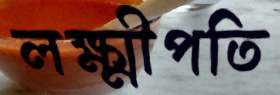
লক্ষ্মীপতি